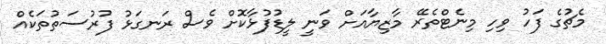
މެޗުގެ ފަހު ވިހި މިނެޓްތެރޭ މާޒިޔާއަށް ވަނީ ލީޑުފުޅާކޮށް ވެސް ރަނގަޅު ފުރުސަތުތަކެއް